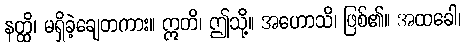
နတ္ထိ၊ မရှိခဲ့ချေတကား။ ဣတိ၊ ဤသို့။ အဟောသိ၊ ဖြစ်၏။ အထခေါ၊